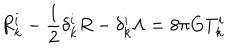
R _ { k } ^ { i } - \frac { 1 } { 2 } \delta _ { k } ^ { i } R - \delta _ { k } ^ { i } \Lambda = 8 \pi G T _ { k } ^ { i }